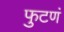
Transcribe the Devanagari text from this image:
फुटणं